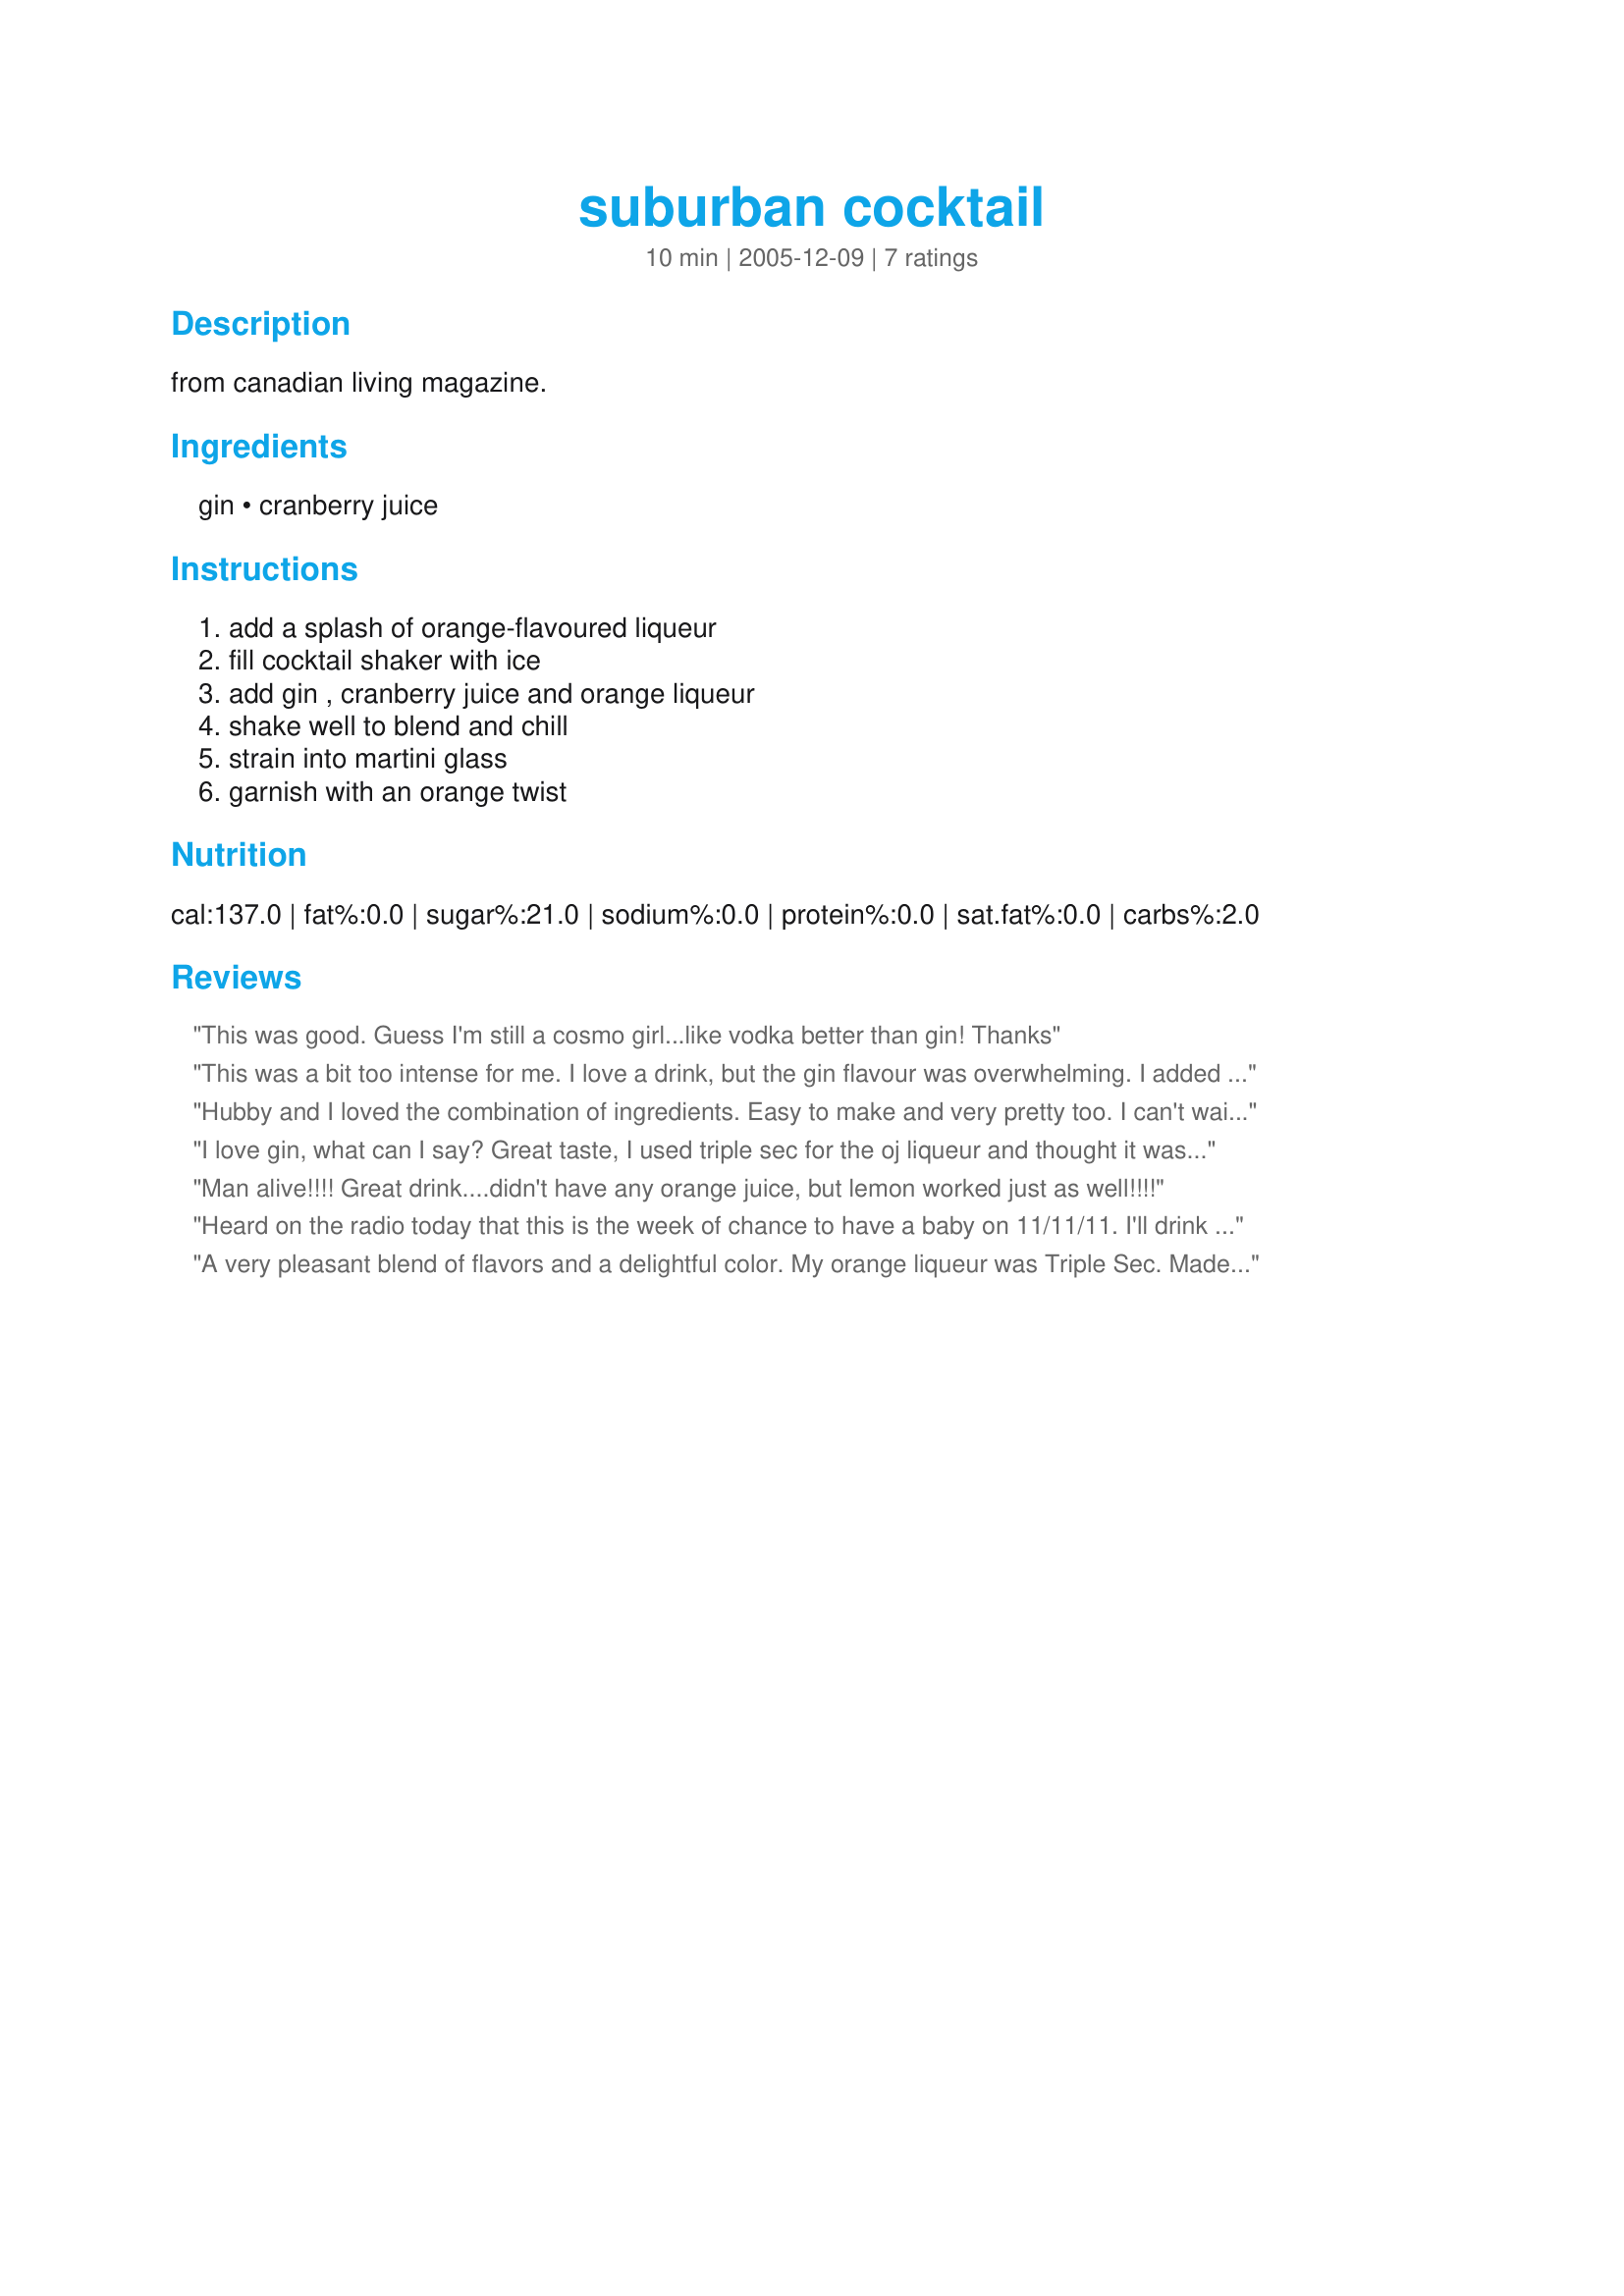
suburban cocktail
Preparation time: 10 minutes

from canadian living magazine.

Ingredients:
gin, cranberry juice

Steps:
add a splash of orange-flavoured liqueur, fill cocktail shaker with ice, add gin , cranberry juice and orange liqueur, shake well to blend and chill, strain into martini glass, garnish with an orange twist

Reviews:
This was good. Guess I'm still a cosmo girl...like vodka better than gin! Thanks
This was a bit too intense for me. I love a drink, but the gin flavour was overwhelming. I added 3 1/2 ounces of cranberry juice to reach a balance that suited my taste. Then it was delicious. Also had an issue with my Triple Sec. I hadn't used it for so long that the cap was stuck -- really stuck. I had to pour a bit of boiling water over the cap to loosen it and that worked fine.
Hubby and I loved the combination of ingredients. Easy to make and very pretty too. I can't wait to make this again for guests. Thanks for sharing, NoraMarie.

I love gin, what can I say? Great taste, I used triple sec for the oj liqueur and thought it was delightful. Made for beverage tag.
Man alive!!!! Great drink....didn't have any orange juice, but lemon worked just as well!!!!
Heard on the radio today that this is the week of chance to have a baby on 11/11/11. I'll drink to that and lucky enough not to have to worry about those things. Made for Everyday Is A Holiday.
A very pleasant blend of flavors and a delightful color. My orange liqueur was Triple Sec. Made this as a Pick-A-Chef choice and very glad of it.
